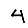
Digit: 4